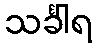
သင်္ခါရ